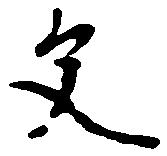
父